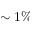
\sim 1 \%